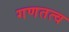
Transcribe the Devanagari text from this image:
गणतत्व